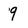
Character: 9